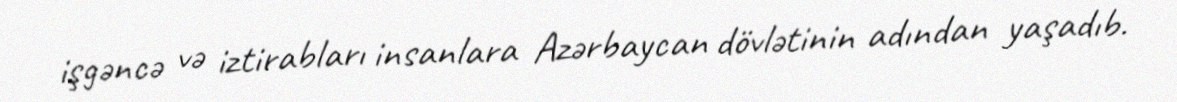
işgəncə və iztirabları insanlara Azərbaycan dövlətinin adından yaşadıb.